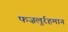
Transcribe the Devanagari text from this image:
फज़लुर्रहमान